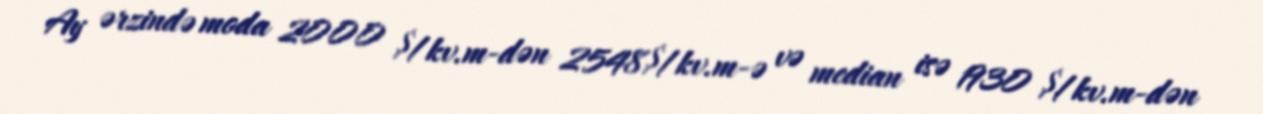
Ay ərzində moda 2000 $/kv.m-dən 2548$/kv.m-ə və median isə 1930 $/kv.m-dən